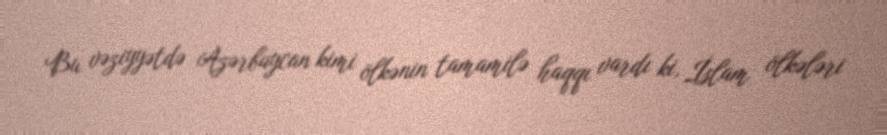
Bu vəziyyətdə Azərbaycan kimi ölkənin tamamilə haqqı vardı ki, İslam ölkələri